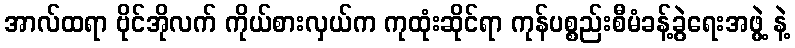
အာလ်ထရာ ဗိုင်အိုလက် ကိုယ်စားလှယ်က ကုထုံးဆိုင်ရာ ကုန်ပစ္စည်းစီမံခန့်ခွဲရေးအဖွဲ့ နဲ့